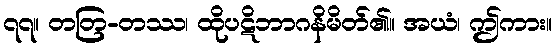
၇၇။ တတြ-တဿ၊ ထိုပဋိဘာဂနိမိတ်၏။ အယံ၊ ဤကား။